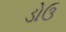
ડોઉ